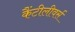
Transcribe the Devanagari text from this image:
कैंटीलीवर्स